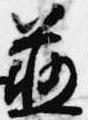
慈